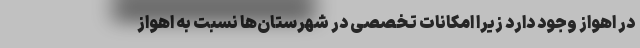
در اهواز وجود دارد زیرا امکانات تخصصی در شهرستان‌ها نسبت به اهواز